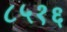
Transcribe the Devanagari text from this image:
८५१६